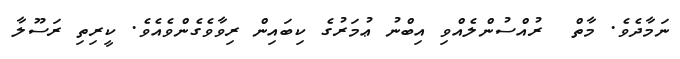
ނަމާދެވެ. މާތް  ރުއްސުންލެއްވި އިބްނު ޢުމަރުގެ ކިބައިން ރިވާވެގެންވެއެވެ. ކީރިތި ރަސޫލާ